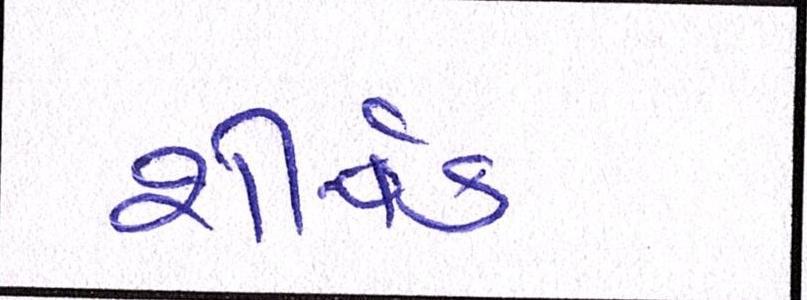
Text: શીર્ષક